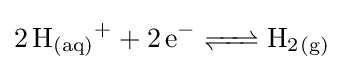
{\ce {2H_{(aq)}+ + 2e- <=> H2_{(g)}}}